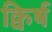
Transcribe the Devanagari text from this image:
क्विर्ष